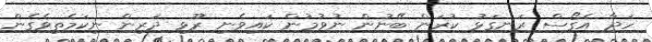
ހަދާ އެގޯސް ރަނގަޅު ކުރަން ބޭނުން ނުވުމުން ކައިވެނި ރޫޅި ދަރިން ނިކަމެތިވެގެން